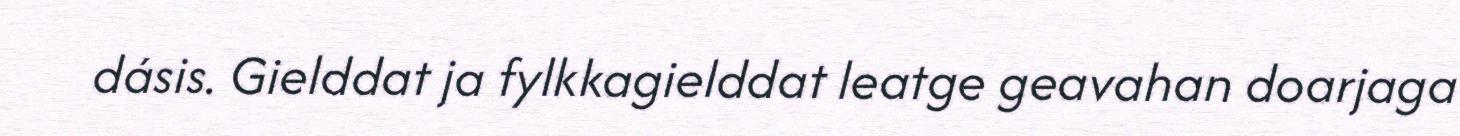
dásis. Gielddat ja fylkkagielddat leatge geavahan doarjaga